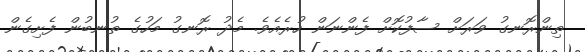
ތިންރޮނގު ވަރަށް ސާފުކޮށް ފެންނަން ހުރެއެވެ. މެދު ރޮނގު މަހުގެ ތުނބުން ފެށިގެން